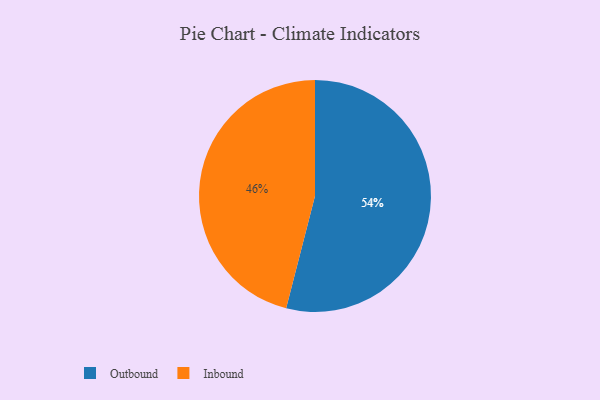
{"axis": {"x": "Category", "y": "Percentage"}, "legend": ["Inbound", "Outbound"], "data": [{"x": "Inbound", "y": 46, "type": "Inbound"}, {"x": "Outbound", "y": 54, "type": "Outbound"}]}